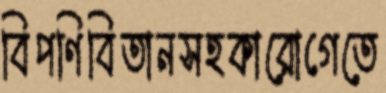
বিপণিবিতানসহকারোগেতে